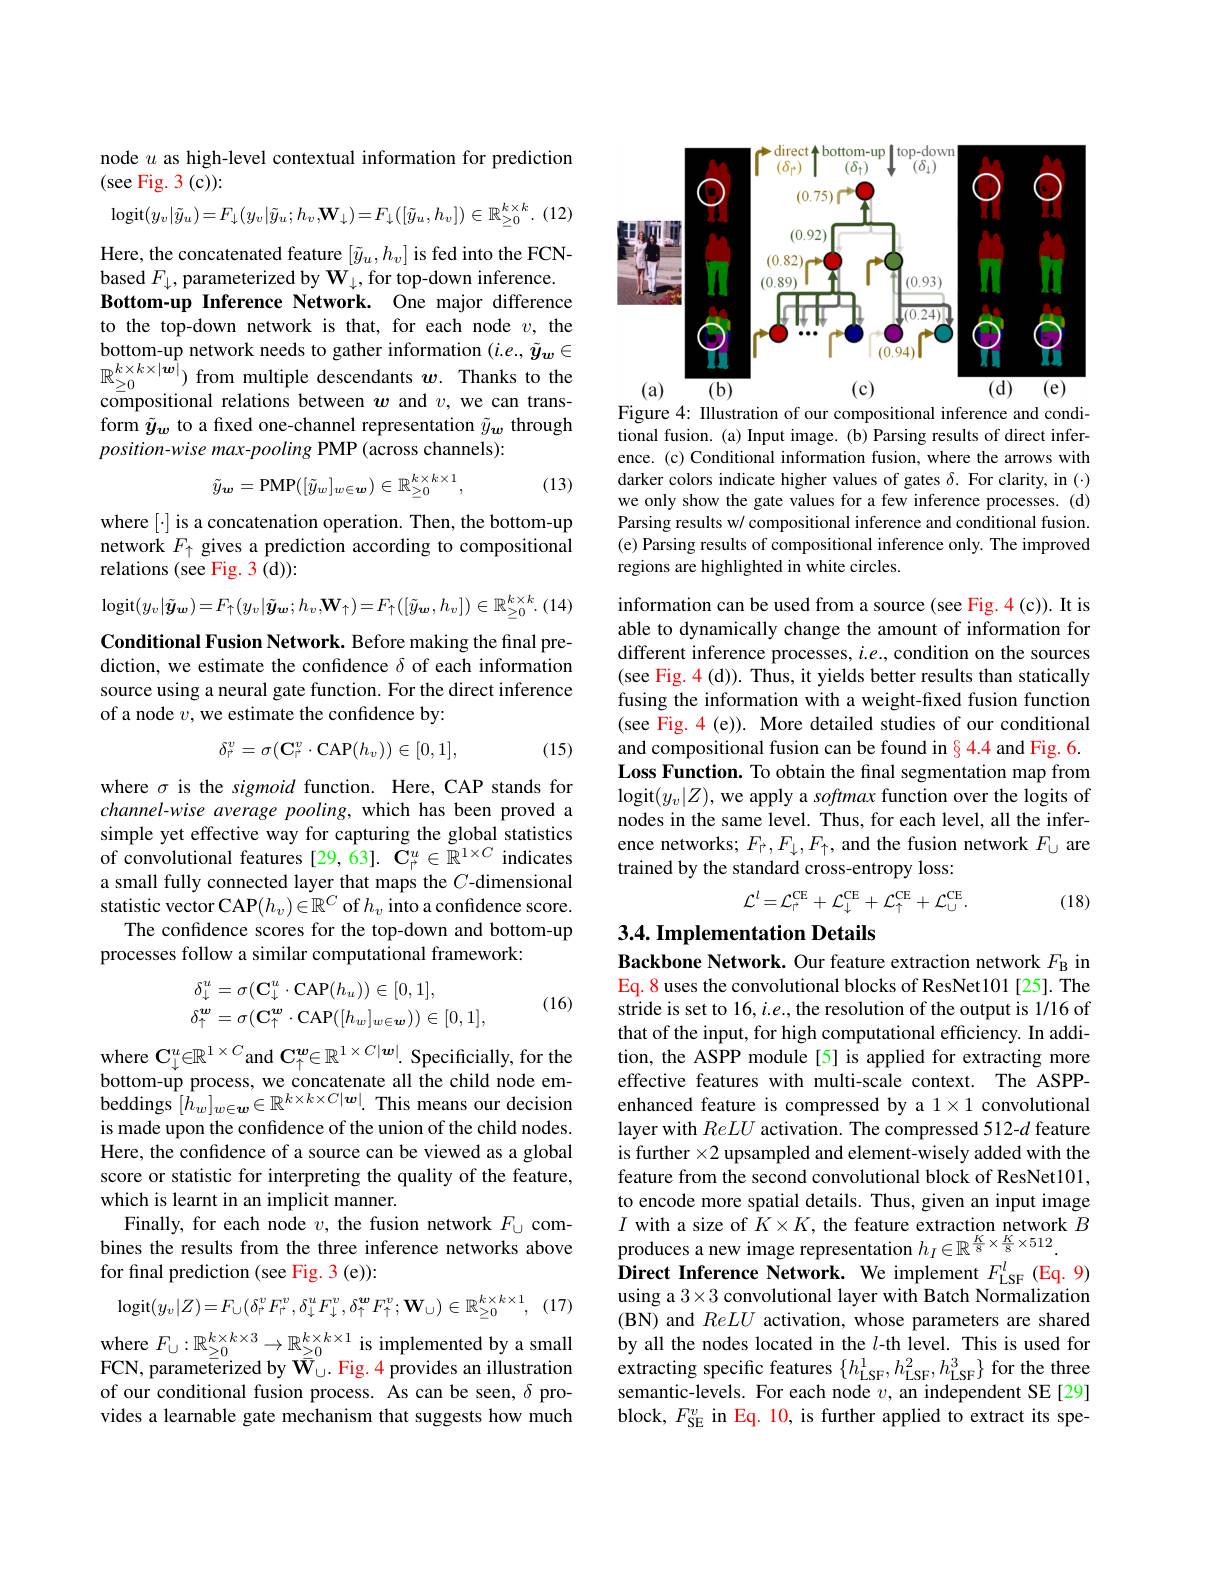
node $u$ as high-level contextual information for prediction
(see Fig. 3(c)):

(12)
$$\mathrm{logit}(y_v|\tilde{y}_u)=F_\downarrow(y_v|\tilde{y}_u;h_v,\mathbf{W}_\downarrow)=F_\downarrow([\tilde{y}_u,h_v])\in\mathbb{R}_{\geq0}^{k\times k}.$$
Here, the concatenated feature $[\tilde{y}_u,h_v]$ is fed into the FCNbased $F_\downarrow$, parameterized by $\mathbf{W}_\downarrow$, for top-down inference. Bottom-up Inference Network. One major difference to the top-down network is that, for each node $v$, the $\begin{array}{l}\text{bottom-up network needs to gather information }(i.e.,\tilde{y}_{w}\in\\\mathbb{R}_{\geq0}^{k\times k\times|w|})\text{ from multiple descendants }\boldsymbol{w}.\text{ Thanks to the}\end{array}$ compositional relations between $w$ and $v$, we can transform $\tilde{y}_w$ to a fixed one-channel representation $\tilde{y}_w$ through $position-wise$ max-pooling PMP (across channels):
$$\tilde{y}_{\boldsymbol{w}}=\mathrm{PMP}([\tilde{y}_{w}]_{w\in\boldsymbol{w}})\in\mathbb{R}_{\geq0}^{k\times k\times1},$$
(13)

$where[\cdot] is a concatenation operation. Then, the bottom-up$ network $F_\uparrow$ gives a prediction according to compositional relations (see Fig. 3 (d)):

$^{k}.(14)$
$$\mathrm{logit}(y_{v}|\tilde{\boldsymbol{y}}_{\boldsymbol{w}})=F_{\uparrow}(y_{v}|\tilde{\boldsymbol{y}}_{\boldsymbol{w}};h_{v},\mathbf{W}_{\uparrow})=F_{\uparrow}([\tilde{y}_{\boldsymbol{w}},h_{v}])\in\mathbb{R}_{\geq0}^{k\times k}.$$
Conditional Fusion Network. Before making the final prediction, we estimate the confidence $\delta$ of each information source using a neural gate function. For the direct inference of a node $v$,we estimate the confidence by:
$$\delta_{\vec{r}}^v=\sigma(\mathbf{C}_{\vec{r}}^v\cdot\mathrm{CAP}(h_v))\in[0,1],$$
(15)

where $\sigma$ is the sigmoid function. Here, CAP stands for channel-wise average pooling, which has been proved a simple yet effective way for capturing the global statistics of convolutional features [29, 63]. $\tilde{\mathbf{C}}_{\vec{r}}^{u}\in\tilde{\mathbb{R}}^{1\times C}$ indicates a small fully connected layer that maps the $C$-dimensional statistic vector CAP$(h_v)\in\mathbb{R}^C$ of $h_v$ into a confidence score.
The confidence scores for the top-down and bottom-up
processes follow a similar computational framework:

(16)
$$\begin{aligned}&\delta_{\downarrow}^{u}=\sigma(\mathbf{C}_{\downarrow}^{u}\cdot\mathrm{CAP}(h_{u}))\in[0,1],\\&\delta_{\uparrow}^{w}=\sigma(\mathbf{C}_{\uparrow}^{w}\cdot\mathrm{CAP}([h_{w}]_{w\in\boldsymbol{w}}))\in[0,1],\end{aligned}$$
where $\mathbf{C}_\downarrow^u\in\mathbb{R}^1\times C$and $\mathbf{C}_\uparrow^w\in\mathbb{R}^{1\times C|\boldsymbol{w}|}.$ Specificially, for the bottom-up process, we concatenate all the child node embeddings $[h_w]_{w\in\boldsymbol{w}}\in\mathbb{R}^{k\times k\times C|\boldsymbol{w}|.}$ This means our decision is made upon the confidence of the union of the child nodes. Here, the confidence of a source can be viewed as a global score or statistic for interpreting the quality of the feature, which is learnt in an implicit manner.
Finally, for each node $v$, the fusion network $F_\cup$ combines the results from the three inference networks above for final prediction (see Fig. 3 (e)):

(17)
$$\mathrm{logit}(y_{v}|Z)=F_{\cup}(\delta_{r}^{v}F_{r}^{v},\delta_{\downarrow}^{u}F_{\downarrow}^{v},\delta_{\uparrow}^{w}F_{\uparrow}^{v};\mathbf{W}_{\cup})\in\mathbb{R}_{\geq0}^{k\times k\times1},$$
where $F_{\cup}:\mathbb{R}_{\geq0}^{k\times k\times3}\to\mathbb{R}_{\geq0}^{k\times k\times1}$ is implemented by a small FCN, parameterized by $\widetilde{\mathbf{W} } _{\cup }^{0}.$ Fig. 4 provides an illustration of our conditional fusion process. As can be seen, $\delta$ provides a learnable gate mechanism that suggests how much

<FigureHere>

Figure 4: IIlustration of our compositional inference and conditional fusion. (a) Input image. (b) Parsing results of direct infer-

ence. (c) Conditional information fusion, where the arrows with darker colors indicate higher values of gates $\delta.$ For clarity, in (·) we only show the gate values for a few inference processes. (d) Parsing results w/ compositional inference and conditional fusion. (e) Parsing results of compositional inference only. The improved regions are highlighted in white circles.

information can be used from a source (see Fig. 4(c)). It is able to dynamically change the amount of information for different inference processes, $i.e.$, condition on the sources (see Fig. 4(d)). Thus, it yields better results than statically fusing the information with a weight-fixed fusion function (see Fig. 4 (e)). More detailed studies of our conditional and compositional fusion can be found in $\color{red}{\color{red}{\operatorname*{\operatorname*{s}}}}\color{red}{\color{red}{4.4}}$ and Fig. 6. Loss Function. To obtain the final segmentation map from logit$(y_v|Z)$,we apply a softmax function over the logits of nodes in the same level. Thus, for each level, all the inference networks; $F_{\uparrow},F_{\downarrow},F_{\uparrow}$, and the fusion network $F_{\cup}$ are trained by the standard cross-entropy loss:
$$\mathcal{L}^{l}=\mathcal{L}_{\dagger}^{\mathrm{CE}}+\mathcal{L}_{\downarrow}^{\mathrm{CE}}+\mathcal{L}_{\uparrow}^{\mathrm{CE}}+\mathcal{L}_{\cup}^{\mathrm{CE}}.$$
(18)

### 3.4. Implementation Details

Backbone Network. Our feature extraction network $F_\mathrm{B}$ in Eq. 8 uses the convolutional blocks of ResNet101 [25]. The stride is set to 16, i.e., the resolution of the output is 1/16 of that of the input, for high computational efficiency. In addition, the ASPP module[5] is applied for extracting more effective features with multi-scale context. The ASPPenhanced feature is compressed by a 1×1 convolutional layer with ReLU activation. The compressed 512-$d$ feature is further $\times2$ upsampled and element-wisely added with the feature from the second convolutional block of ResNet101, to encode more spatial details. Thus, given an input image $I$ with a size of $\hat K\times K$, the feature extraction network $B$ produces a new image representation $h_I\in\mathbb{R}^{\frac K8\times\frac K8\times512}.$
Direct Inference Network. We implement $F_\mathrm{LSF}^{l}$ (Eq.9) using a 3×3 convolutional layer with Batch Normalization (BN) and ReLU activation, whose parameters are shared by all the nodes located in the $l$-th level. This is used for extracting specific features $\{h_{\mathrm{LSF}}^{1},h_{\mathrm{LSF}}^{2},h_{\mathrm{LSF}}^{3}\}$ for the three semantic-levels. For each node $v$, an independent SE [29] block, $F_{\mathrm{SE}}^{v}$ in Eq. 10, is further applied to extract its spe-